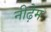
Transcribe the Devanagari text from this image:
नीढ़ैम